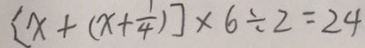
[ x + ( x + \frac { 1 } { 4 } ) ] \times 6 \div 2 = 2 4